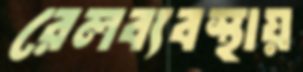
রেলব্যবস্থায়